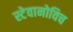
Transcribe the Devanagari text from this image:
स्टेवानोविच